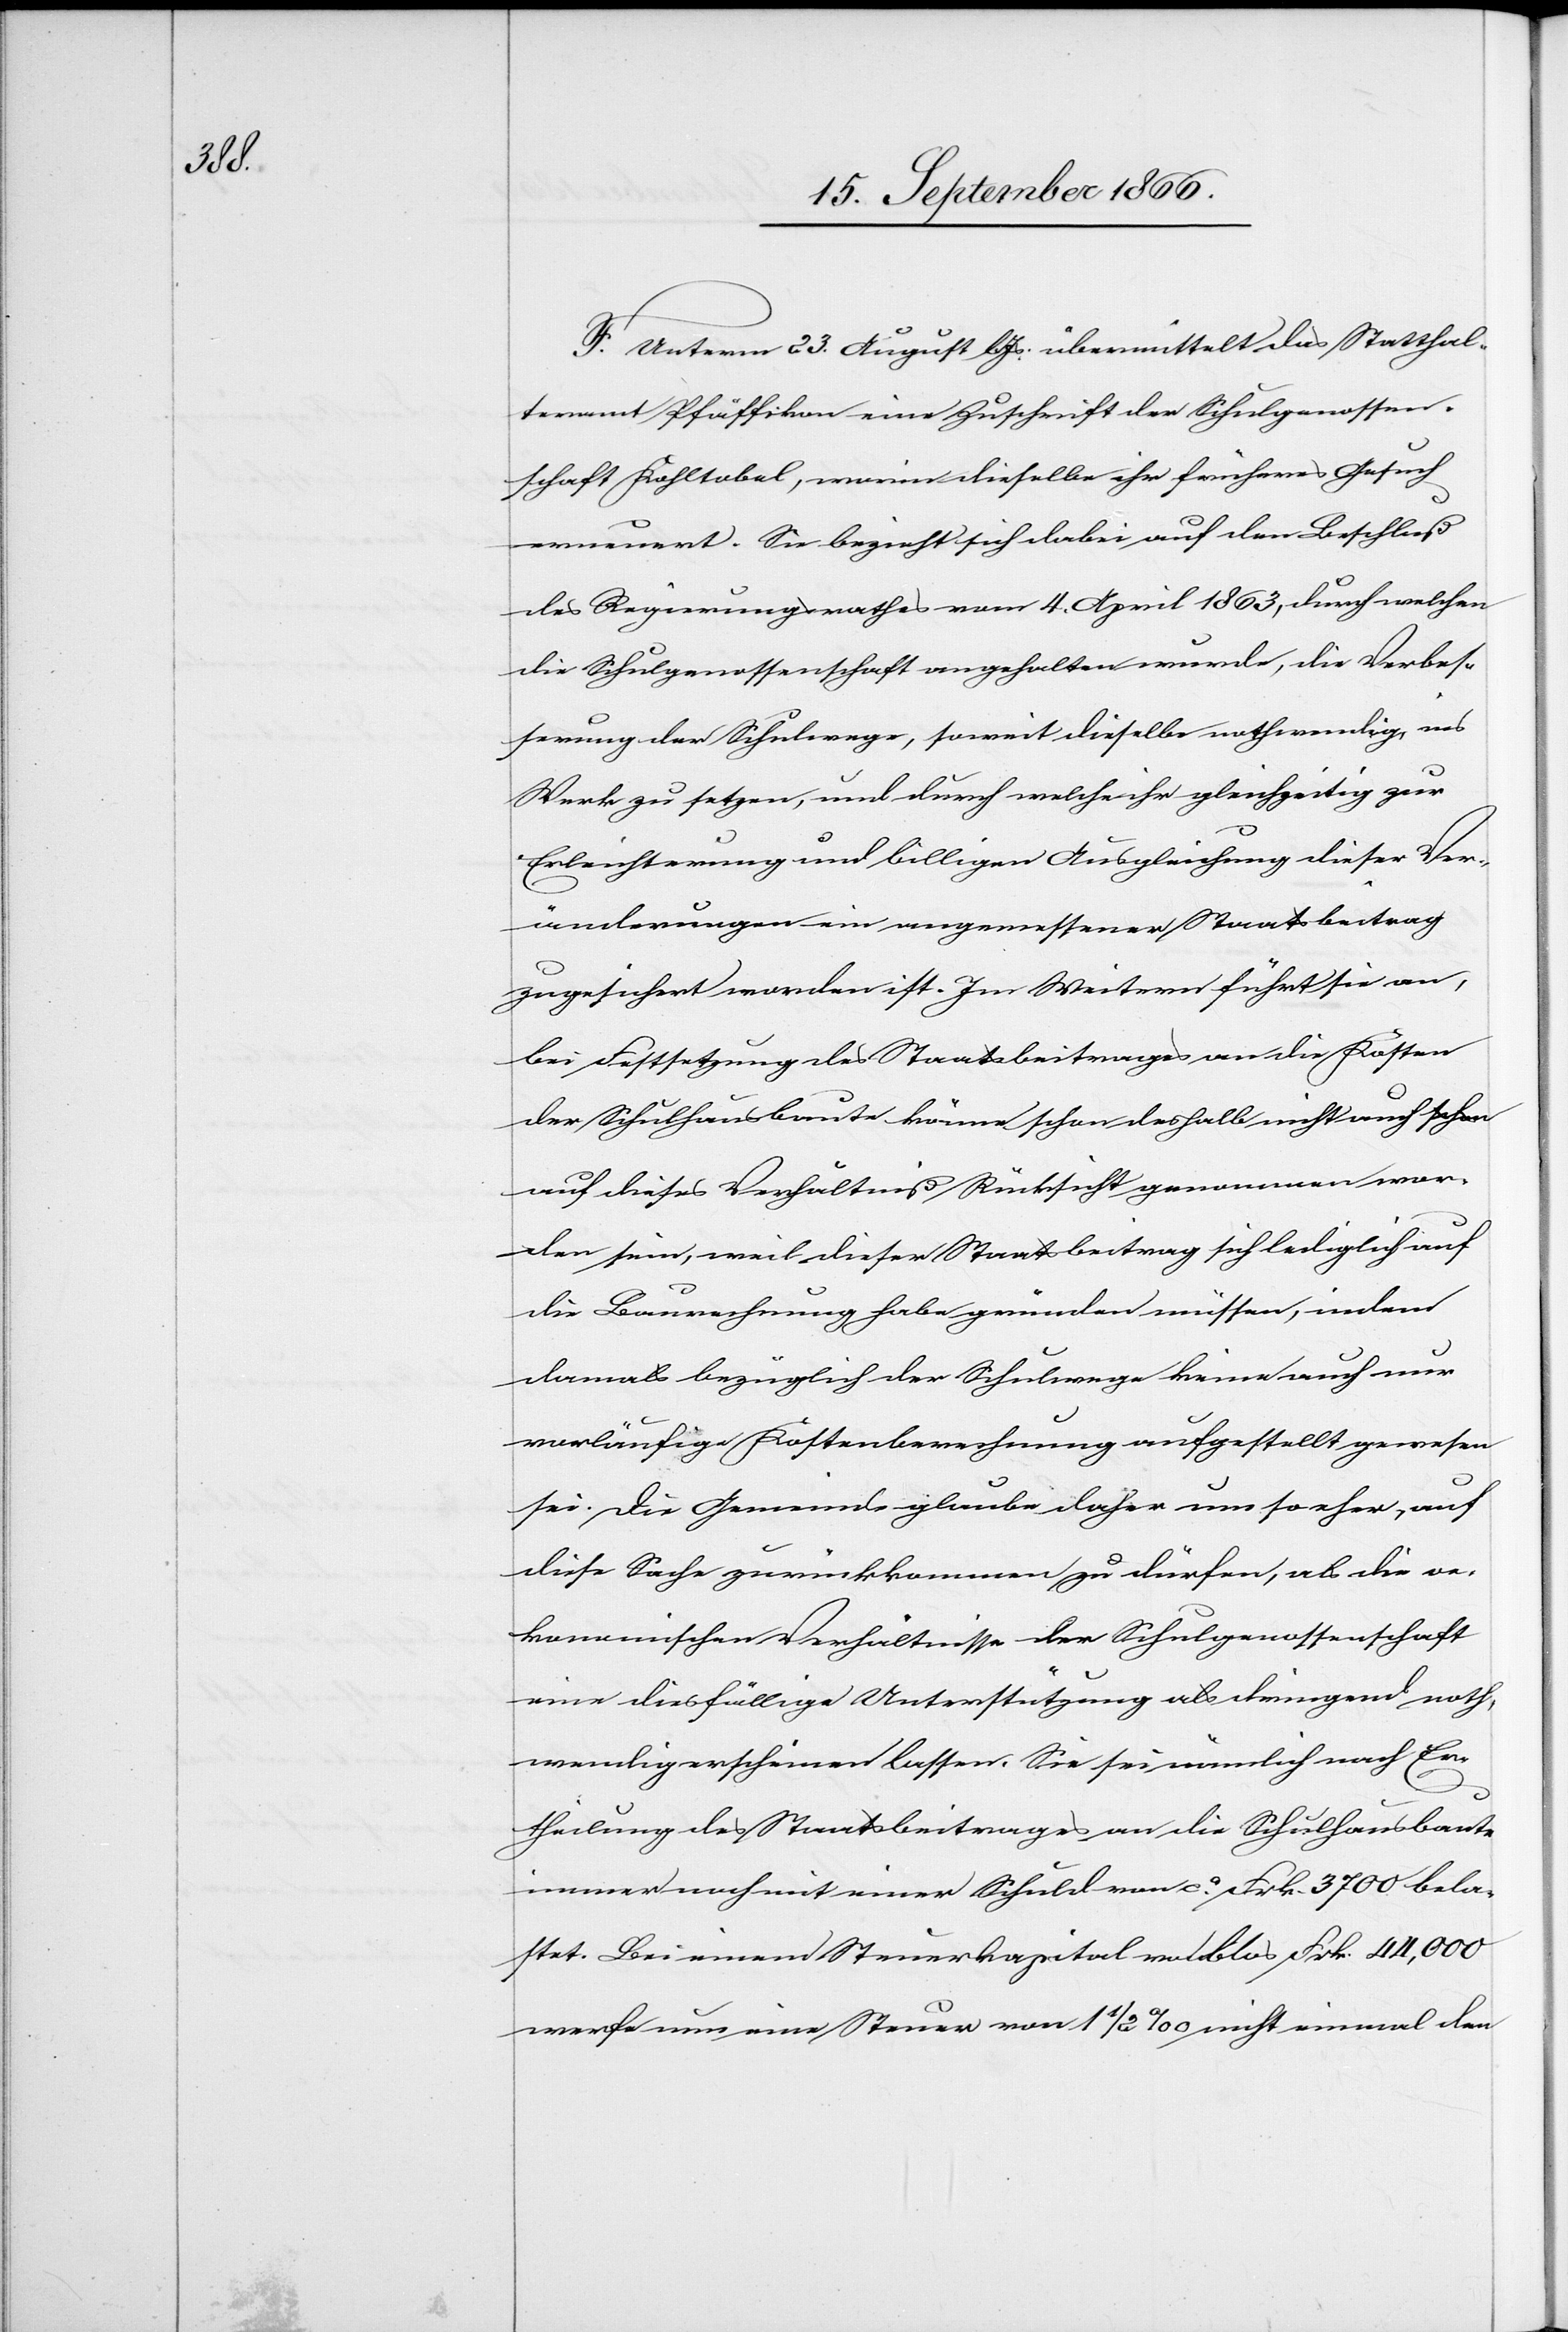
F. Unterm 23. August lJs. übermittelt das Statthal¬
teramt Pfäffikon eine Zuschrift der Schulgenossen¬
schaft Kohltobel, worin dieselbe ihr früheres Gesuch
erneuert. Sie bezieht sich dabei auf den Beschluß
des Regierungsrathes vom 4. April 1863, durch welchen
die Schulgenossenschaft angehalten wurde, die Verbes¬
serung des Schulweges, soweit dieselbe nothwendig ins
Werk zu setzen, und durch welche ihr gleichzeitig zur
Erleichterung und billiger Ausgleichung dieser Ver¬
änderungen ein angemessener Staatsbeitrag
zugesichert worden ist. Im Weitern führt sie an,
bei Festsetzung des Staatsbeitrages an die Kosten
der Schulhausbaute könne schon deshalb nicht auch
auf dieses Verhältniß Rücksicht genommen wor¬
den sein, weil dieser Staatsbeitrag sich lediglich auf
die Baurechnung habe gründen müssen, indem
damals bezüglich der Schulwege keine auch nur
vorläufige Kostenberechnung aufgestellt gewesen
sei. Die Gemeinde glaube daher um so eher, auf
diese Sache zurückkommen zu dürfen, als die oe¬
konomischen Verhältnisse der Schulgenossenschaft
eine diesfällige Unterstützung als dringend noth¬
wendig erscheinen lassen. Sie sei nämlich nach Er¬
theilung des Staatsbeitrages an die Schulhausbaute
immer noch mit einer Schuld von ca. Frk. 3700 bela¬
stet. Bei einem Steuerkapital von blos Frk. 44 000
werfe nun eine Steuer von 1 ½ ‰ nicht einmal den